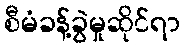
စီမံခန့်ခွဲမှုဆိုင်ရာ